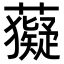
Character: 𧃩